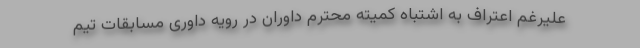
علیرغم اعتراف به اشتباه کمیته محترم داوران در رویه داوری مسابقات تیم